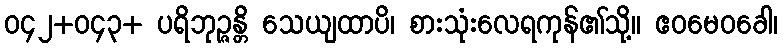
ဝ၄၂+ဝ၄၃+ ပရိဘုဉ္ဇန္တိ သေယျထာပိ၊ စားသုံးလေရကုန်၏သို့။ ဧဝမေဝခေါ၊